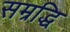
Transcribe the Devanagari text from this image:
सम्रद्धि